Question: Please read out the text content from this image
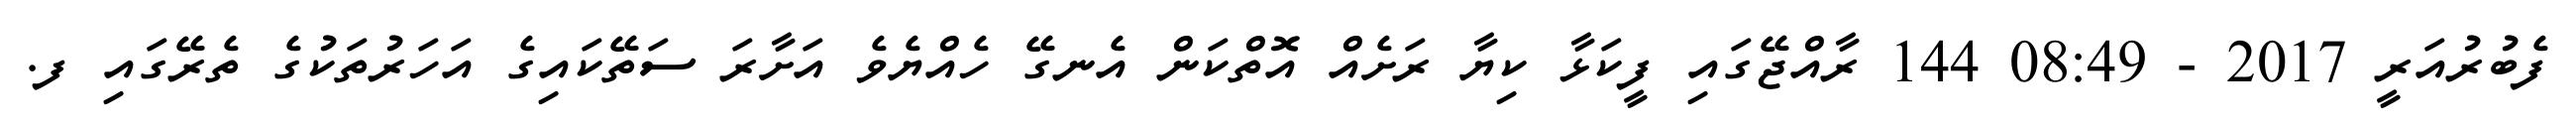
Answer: ފެބުރުއަރީ 2017 - 08:49 144 ރާއްޖޭގައި ފީކަޅާ ކިޔާ ރަށެއް އޮތްކަން އެނގޭ ހެއްޔެވެ އަށާރަ ސަތޭކައިގެ އަހަރުތަކުގެ ތެރޭގައި ފ.